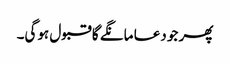
پھر جو دعا مانگے گا قبول ہوگی۔